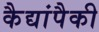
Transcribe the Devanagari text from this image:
कैद्यांपैकी